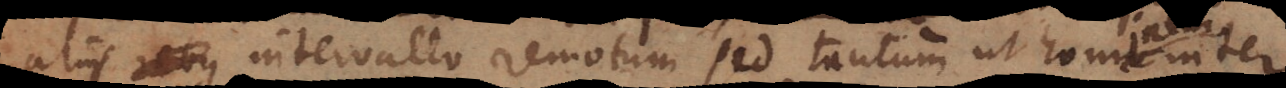
liis rebus intervallo remotum sed tantum ut hominem